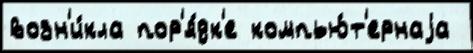
возн'и́кла пор'я́дк'е компью́т'ернаjа